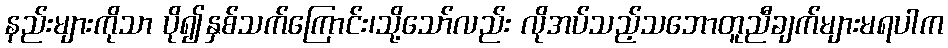
နည်းများကိုသာ ပို၍နှစ်သက်ကြောင်း၊သို့သော်လည်း လိုအပ်သည့်သဘောတူညီချက်များမရပါက